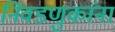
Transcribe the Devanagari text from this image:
निवडणुकांना